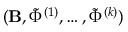
( \mathbf { B } , \tilde { \Phi } ^ { ( 1 ) } , \dots , \tilde { \Phi } ^ { ( k ) } )